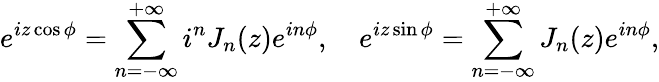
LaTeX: e^{iz\cos\phi}=\sum_{n=-\infty}^{+\infty}i^{n}J_{n}(z)e^{in\phi},\quad e^{iz\sin\phi}=\sum_{n=-\infty}^{+\infty}J_{n}(z)e^{in\phi},